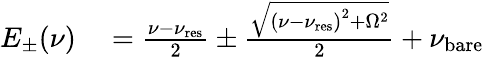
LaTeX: \begin{array}{rl}{E_{\pm}(\nu)}&{{}=\frac{\nu-\nu_{\mathrm{res}}}{2}\pm\frac{\sqrt{\left(\nu-\nu_{\mathrm{res}}\right)^{2}+\Omega^{2}}}{2}+\nu_{\mathrm{bare}}}\end{array}